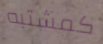
كمشتبه